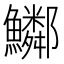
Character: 𩽂